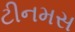
ટીનમસ